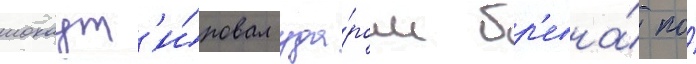
нокаут'и́ровал уда́ром бр'евна́ по́